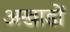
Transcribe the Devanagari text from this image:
अखाडों